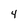
Character: 4